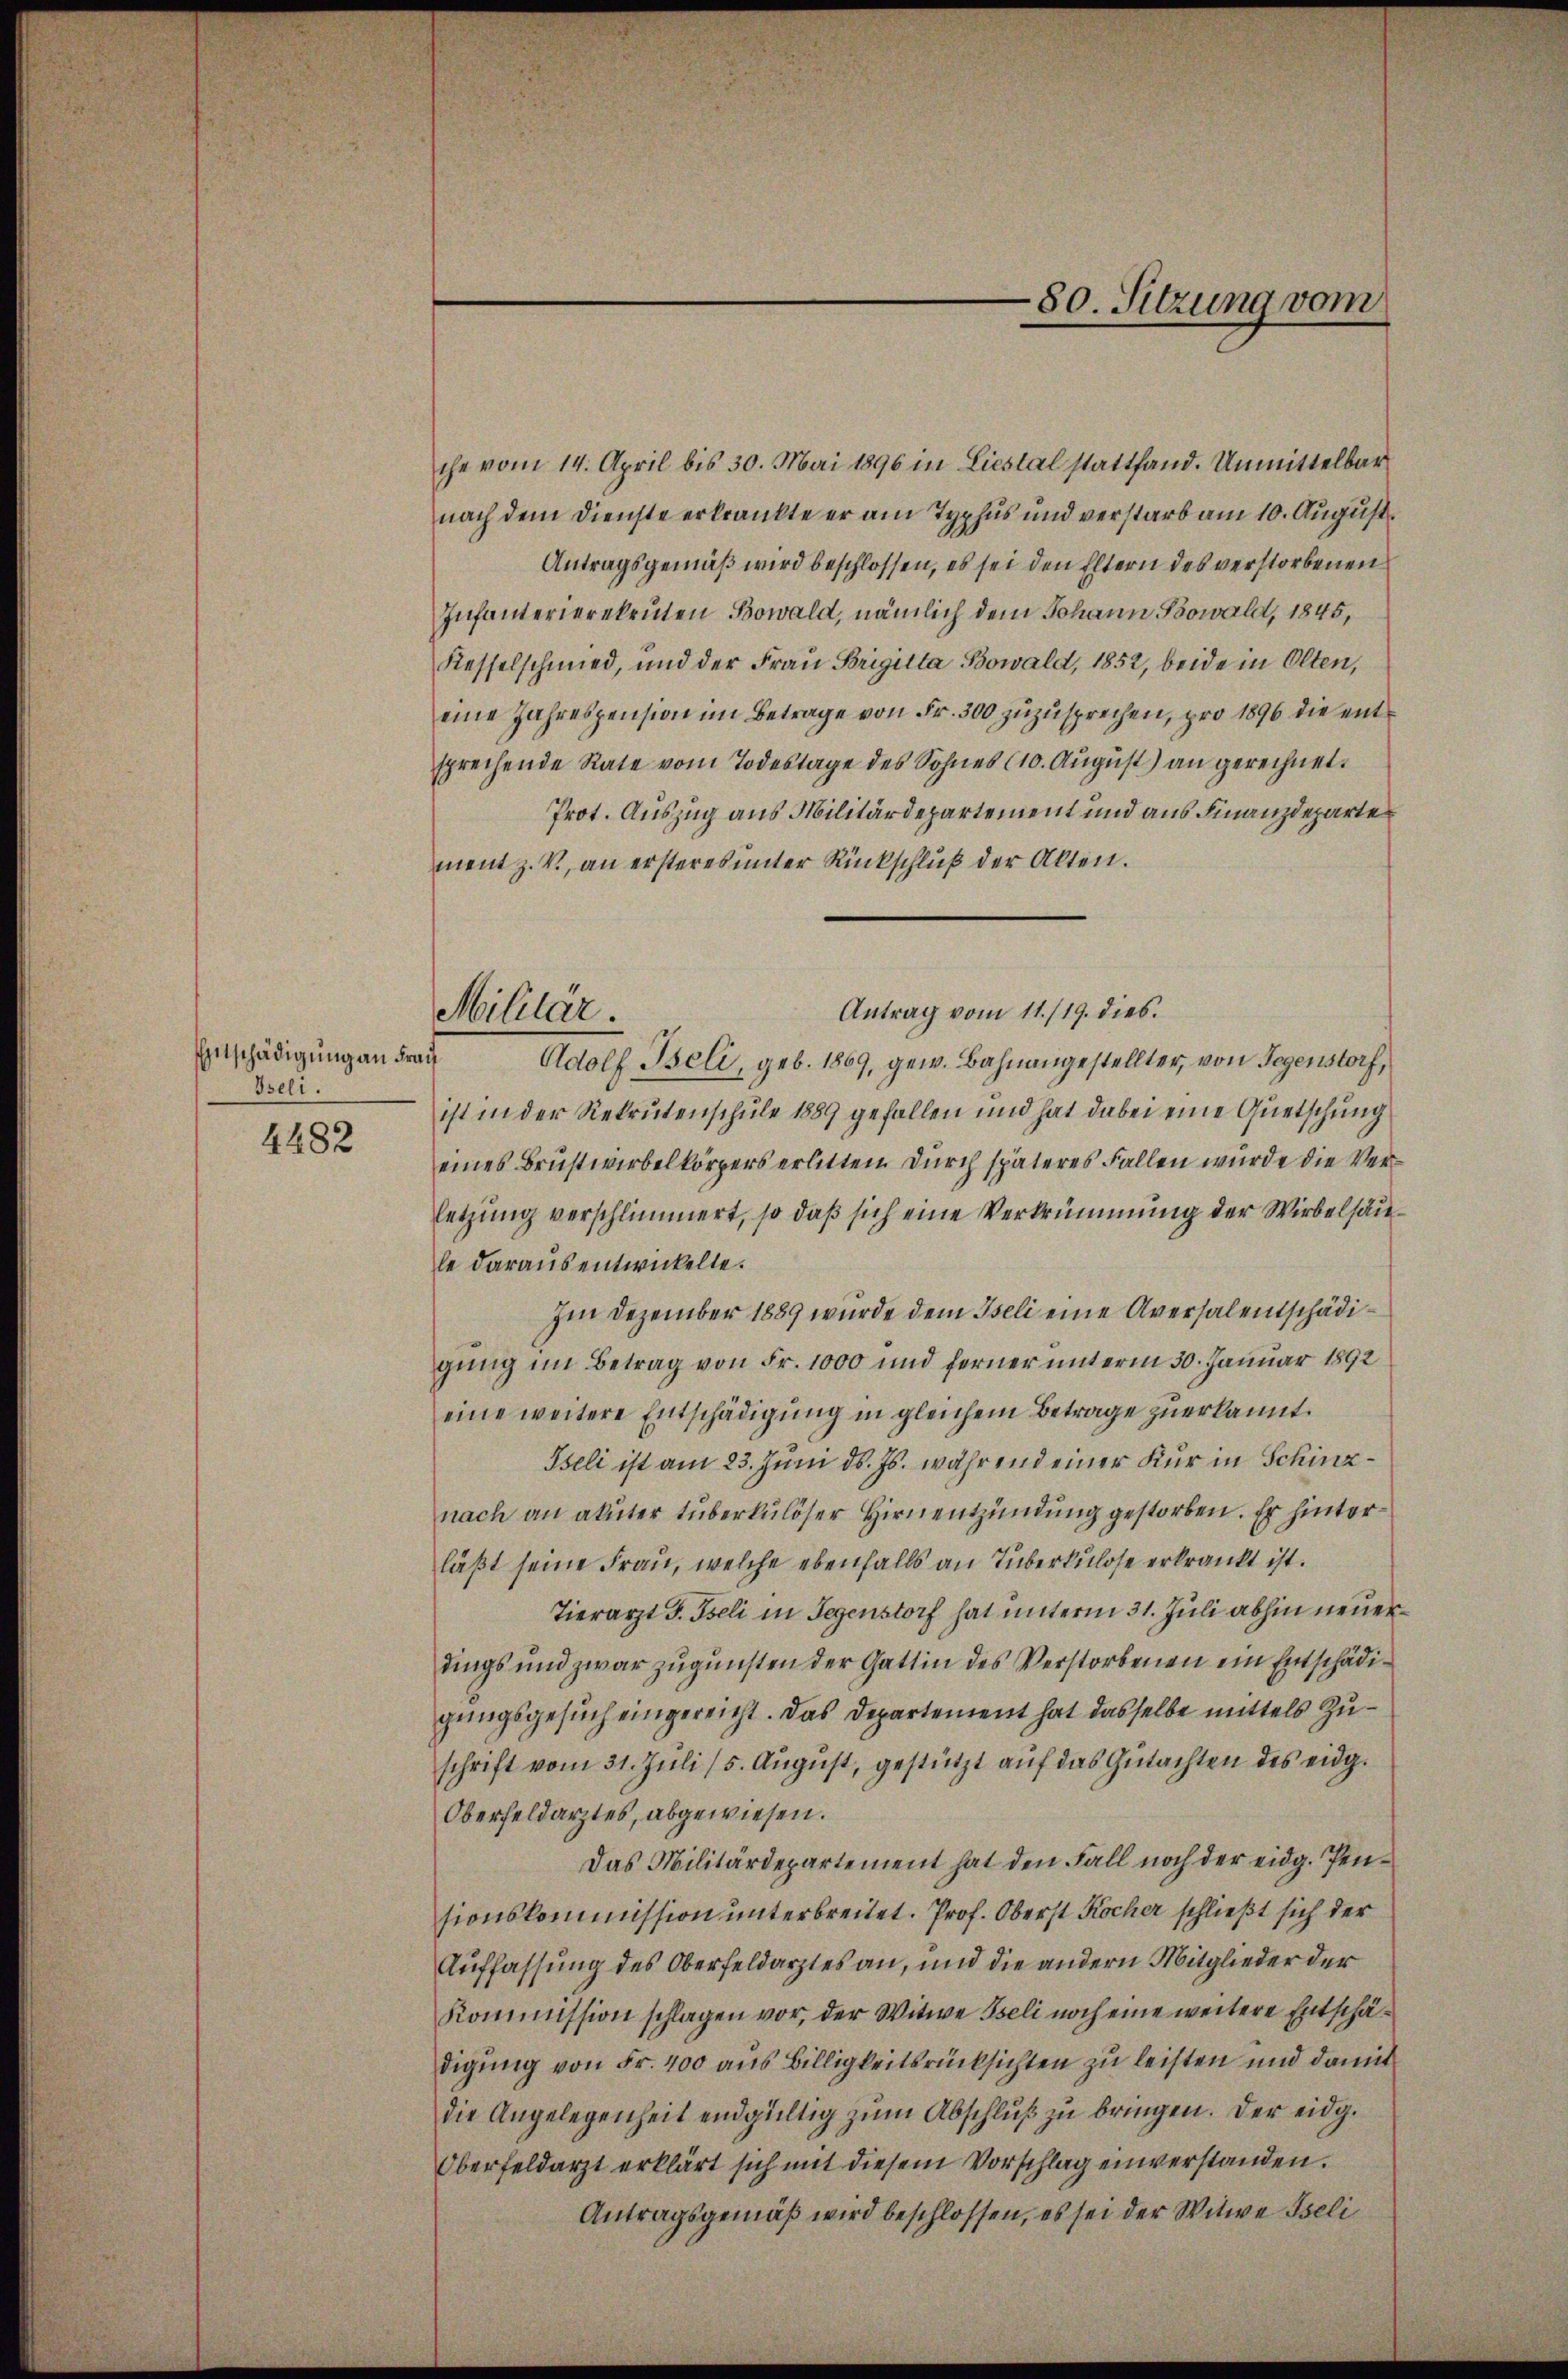
Iseli.
4482

Militär.

che vom 14. April bis 30. Mai 1896 in Liestal stattfand. Unmittelbar
nach dem Dienste erkrankte er am Typhus und verstarb am 10. August
Antragsgemäß wird beschlossen, es sei den Eltern des verstorbenen
Infanterierekruten Bowald, nämlich dem Johann Kowald, 1845,
Kesselschmied, und der Frau Brigitta Bowald, 1852, beide in Olten,
eine Jahrespension im Betrage von Fr. 300 zuzusprechen, pro 1896 die entsprechende Rate vom Todestage des Sohnes (10. August) an gerechnet.
Prot. Auszug aus Militärdepartement und aus Finanzdeparte
ment z. V., an ersteres unter Rückschluß der Akten.
Antrag vom 11./19. dies.
Entschädigung an Frau Adolf Beli, geb. 1869, gew. Bahnangestellter, von Gegenstorf,
ist in der Rekrutenschule 1889 gefallen und hat dabei eine Quetschung
eines Brustwirkelkörpers erlitten durch späteres Fallen wurde die Verletzung verschlimmert, so daß sich eine Verkrümmung der Wirbelsäule daraus entwickelte.
Im Dezember 1889 wurde dem Iseli eine Aversalentschädigung im Betrag von Fr. 1000 und ferner unterm 30. Januar 1892
eine weitere Entschädigŭng in gleichem Betrage zŭerkannt.
Iseli ist am 23. Juni d. Js. während einer Kur in Schinznach an akuter tuberkulöser Hirnentzündung gestorben. Er hinterläßt seine Frau, welche ebenfalls an Tuberkulose erkrankt ist.
Tierarzt J. Iseli in Gegenstorf hat unterm 31. Juli abhin neuerdings und zwar zugunsten der Gattin des Verstorbenen ein Entschädigungsgesuch eingereicht. Das Departement hat dasselbe mittels Zuschrift vom 31. Jŭli (5. Aŭgŭst, gestützt aŭf das Gŭtachten des eidg.
Oberfeldarztes, abgewiesen.
Das Militärdepartement hat den Fall noch der eidg. Pensionskommission unterbreitet. Prof. Oberst Kocher schließt sich der
Auffassung des Oberfeldarztes an, und die andern Mitglieder der
kommission schlagen vor, der Witwe Iseli noch eine weitere Entschädigung von Fr. 400 aus Billigkeitsrücksichten zu leisten und damit
die Angelegenheit endgültig zum Abschluß zu bringen. Der eidg.
Oberfeldarzt erklärt sich mit diesem Vorschlag einverstanden.
Antragsgemäß wird beschlossen, es sei der Witwe Iseli

80. Sitzung vom